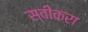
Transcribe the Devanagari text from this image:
स्वीकरा